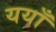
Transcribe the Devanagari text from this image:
ययाँ